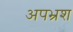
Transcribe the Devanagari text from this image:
अपभ्रश